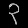
Digit: ၃